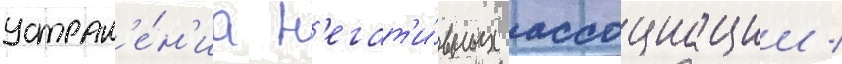
устран'е́н'иа н'егат'и́вных ассоциации /